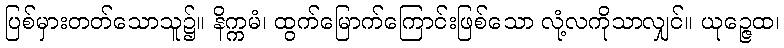
ပြစ်မှားတတ်သောသူ၌။ နိက္ကမံ၊ ထွက်မြောက်ကြောင်းဖြစ်သော လုံ့လကိုသာလျှင်။ ယုဉ္ဇေထ၊